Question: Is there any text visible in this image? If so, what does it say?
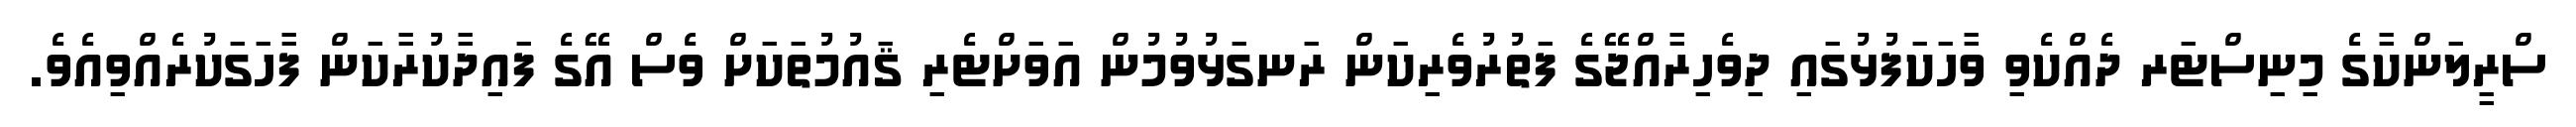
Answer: ސްރީލަންކާގެ މިނިސްޓަރ ދެއްކެވި ވާހަކަފުޅުގައި ދިވެހިރާއްޖޭގެ ފަތުރުވެރިކަން ރަނގަޅުވުމުން އަވަށްޓެރި ޤައުމުތަކަށް ވެސް އޭގެ ފައިދާކުރާކަން ފާހަގަކުރެއްވިއެވެ.